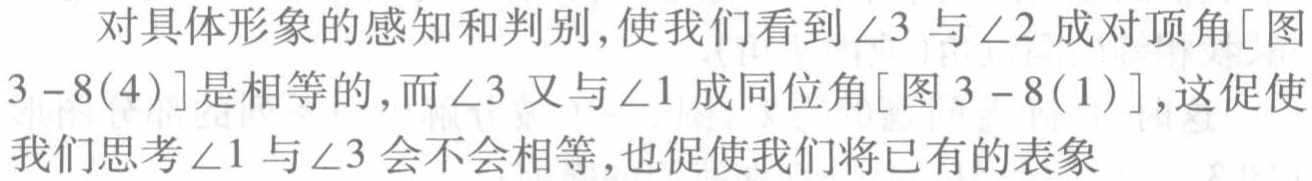
对具体形象的感知和判别,使我们看到$\angle 3$与$\angle 2$成对顶角[图$3 - 8(4)$]是相等的,而$\angle 3$又与$\angle 1$成同位角[图$3 - 8(1)$],这促使我们思考$\angle 1$与$\angle 3$会不会相等,也促使我们将已有的表象